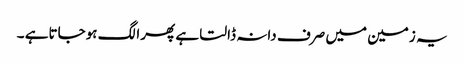
یہ زمین میں صرف دانہ ڈالتا ہے پھرا لگ ہوجاتاہے ۔